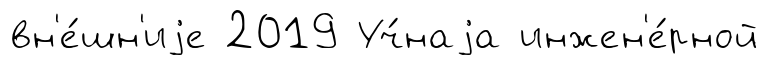
вн'е́шн'иjе 2019 Уч́наjа инжен'е́рной